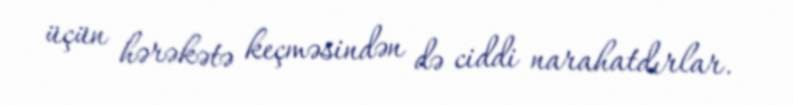
üçün hərəkətə keçməsindən də ciddi narahatdırlar.